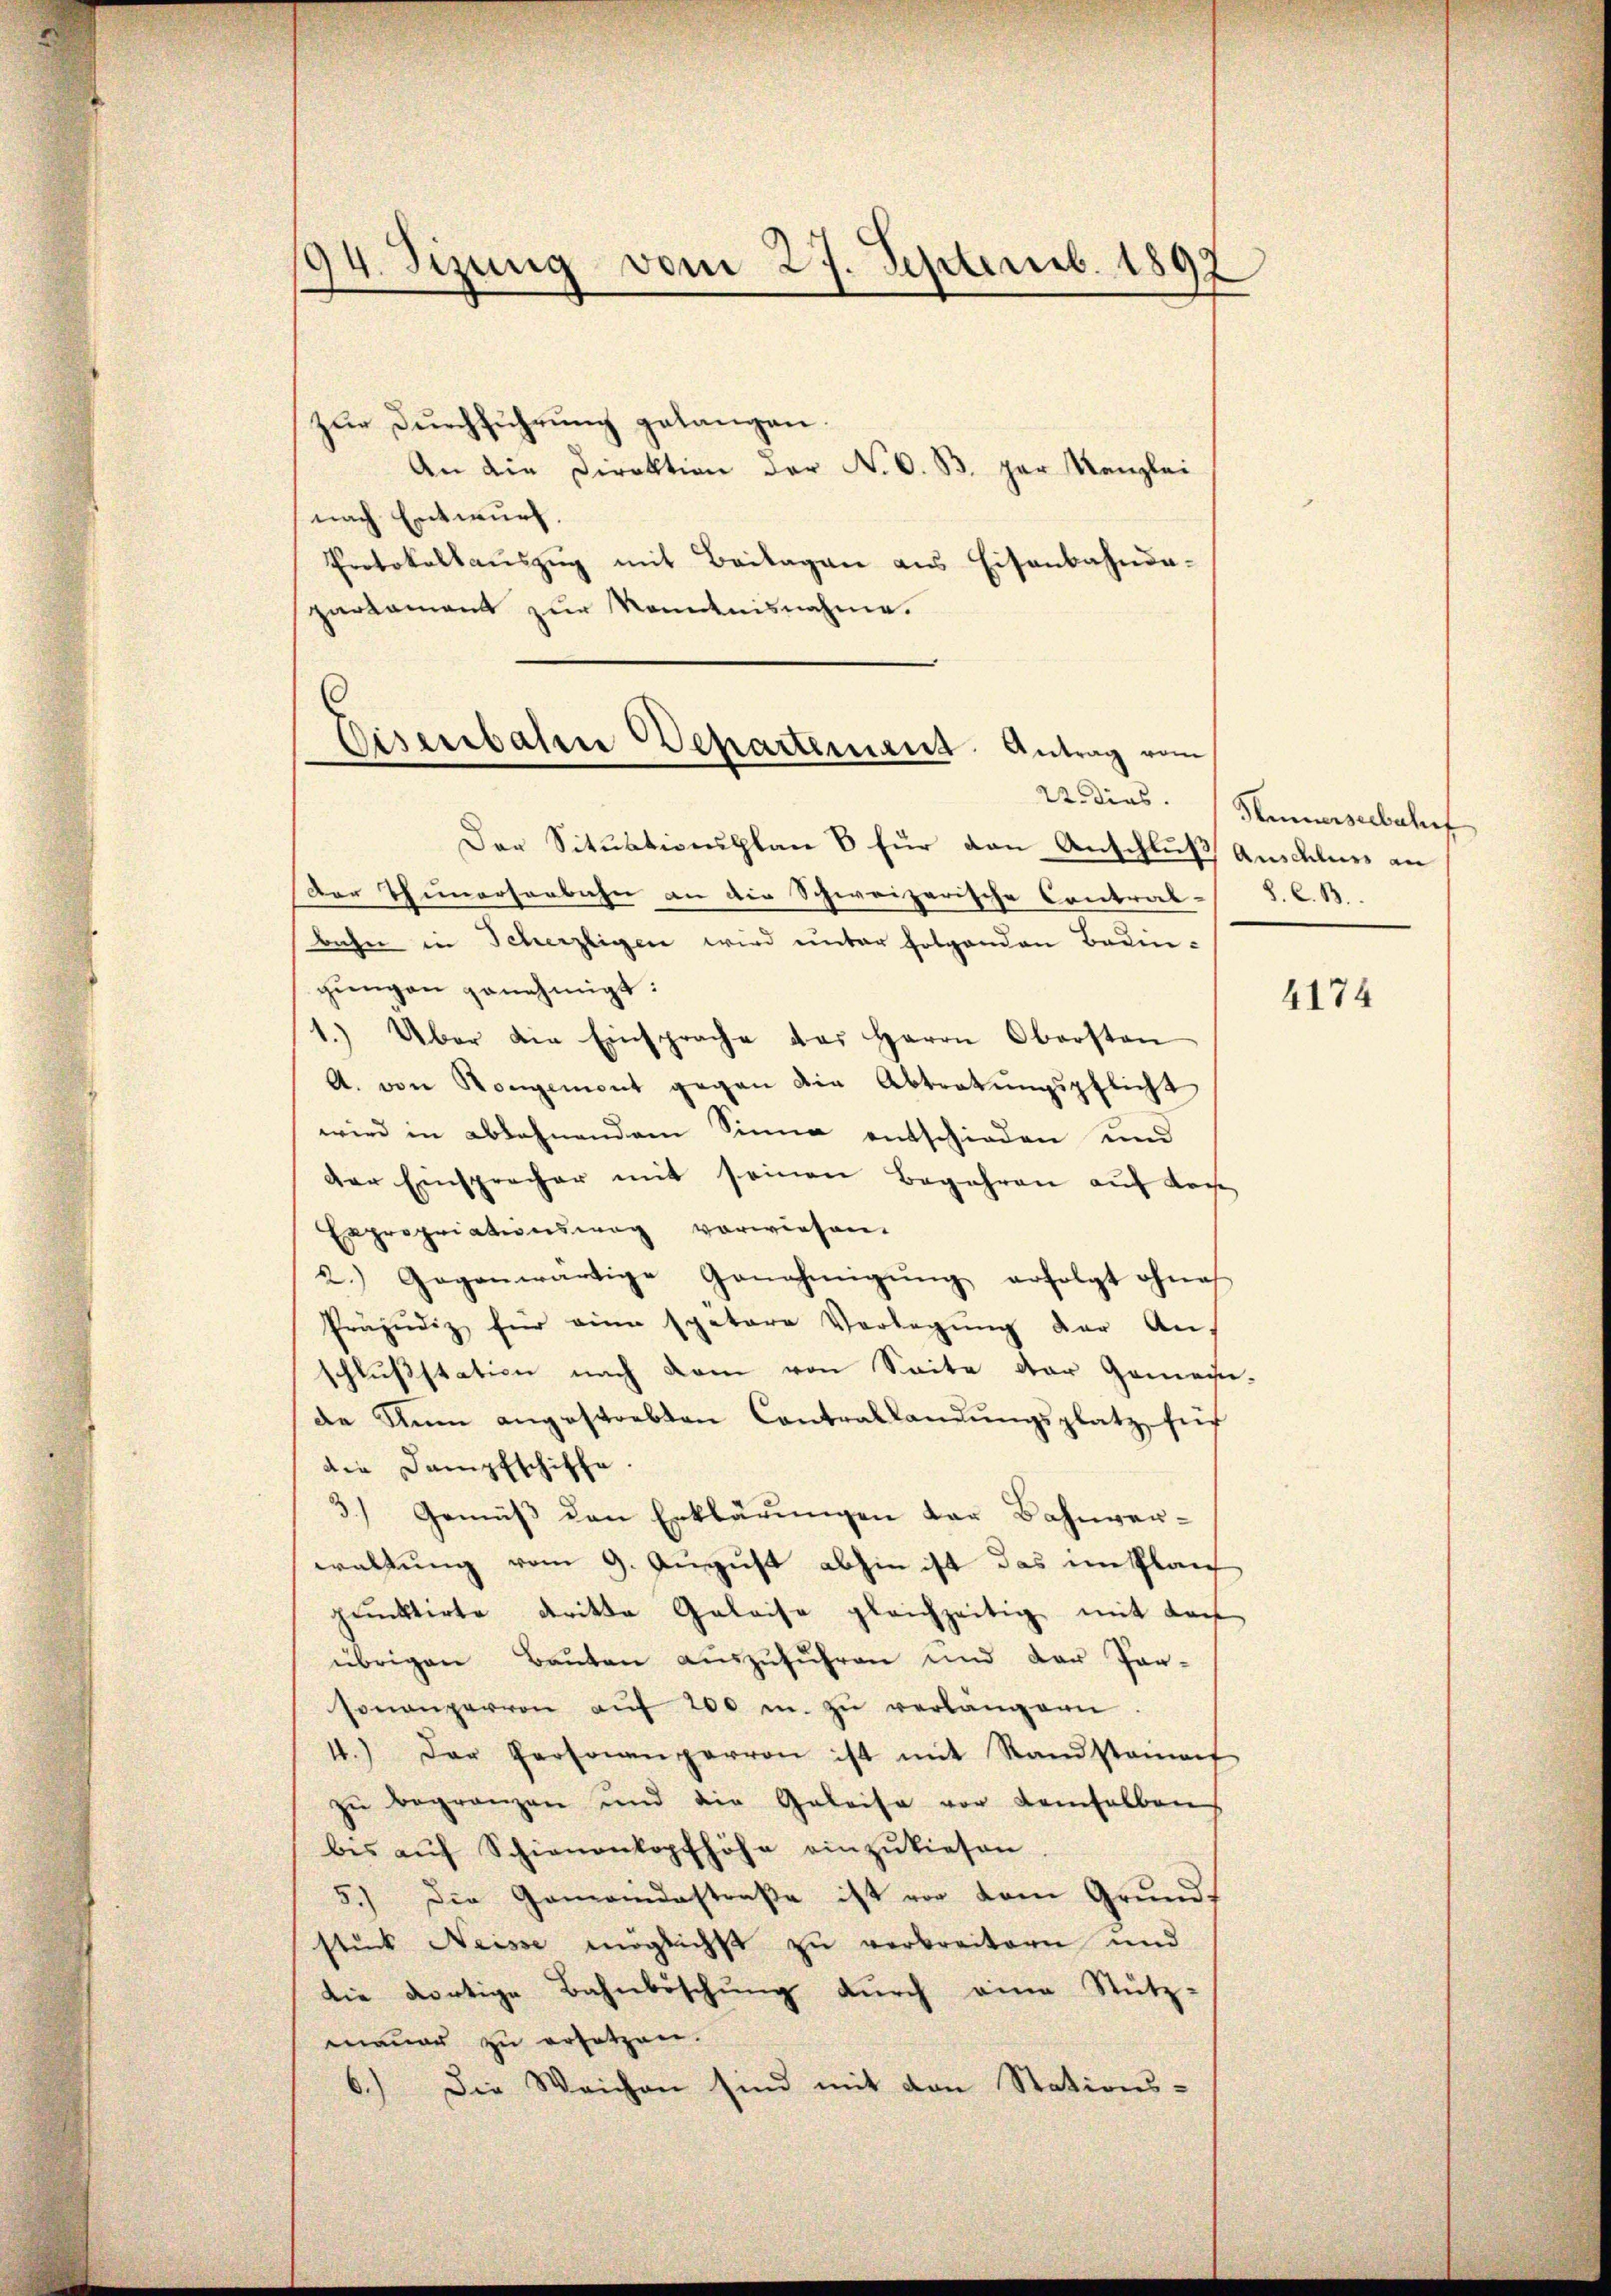
94. Sizung vom 27. Septemb. 1892

zur Durchführung gelangen.
An die Direktion der N. O. B. der Kanzlei
nach Entwurf.
Protokollauszug mit Beilagen aus Eisenbahndapartement zur Kenntnisnahme.
d

Eisenbahn Departement. Antrag vom

Der Situationsplan 8 für den Anschluß Anschlues an
Der Thunerseebahn an die Schweizerische Contral-S. C. B.
bahn in Scherzligen wird unter folgenden Bedin-
gungen genehmigt:
1.) Über die Einsprache das Herrn Oberstan
A. von Rongement gegen die Abtratungspflicht
wird in ablehnendem Sinne entschieden und
der Einsprecher mit seinen Begehren aŭf Koch
Expropriationsweg vorwiesen.
2.) Gegenwärtige Genehmigŭng erfolgt ohne
Präjudiz für eine spetare Verlegŭng der An-
schlußstation nach kam von Seite der Gemein-
de Nun angestrebten Contrallandŭngsplatz sich
die Dampfschiffe
3.) Gemäß den Erklärungen der Bahnverwaltung vom 9. August abhin ist das im Plan
pŭnktirte dritte Geleise gleichzeitig mit der
übrigen Baŭten aŭszŭführen und der Par-
sonanzervon aŭf 200 u. zŭ verlangern.
4.) Der Personanparron ist mit Standsteinauf
zŭ begränzen und die Geleise vor demselben
bes aŭf Schienenkopfhöhe einzŭkiesen
5.) Die Gemeindestraße ist vor dem Grunds
stuck Neisse möglichst zu verbreitern und
die dortige Bahnböschung durch eine Stütz-
mauer zu ersetzen.
Die Weichen sind mit den Stations-

A dies. Sinnerselbetref

4174